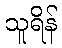
သူရိန်